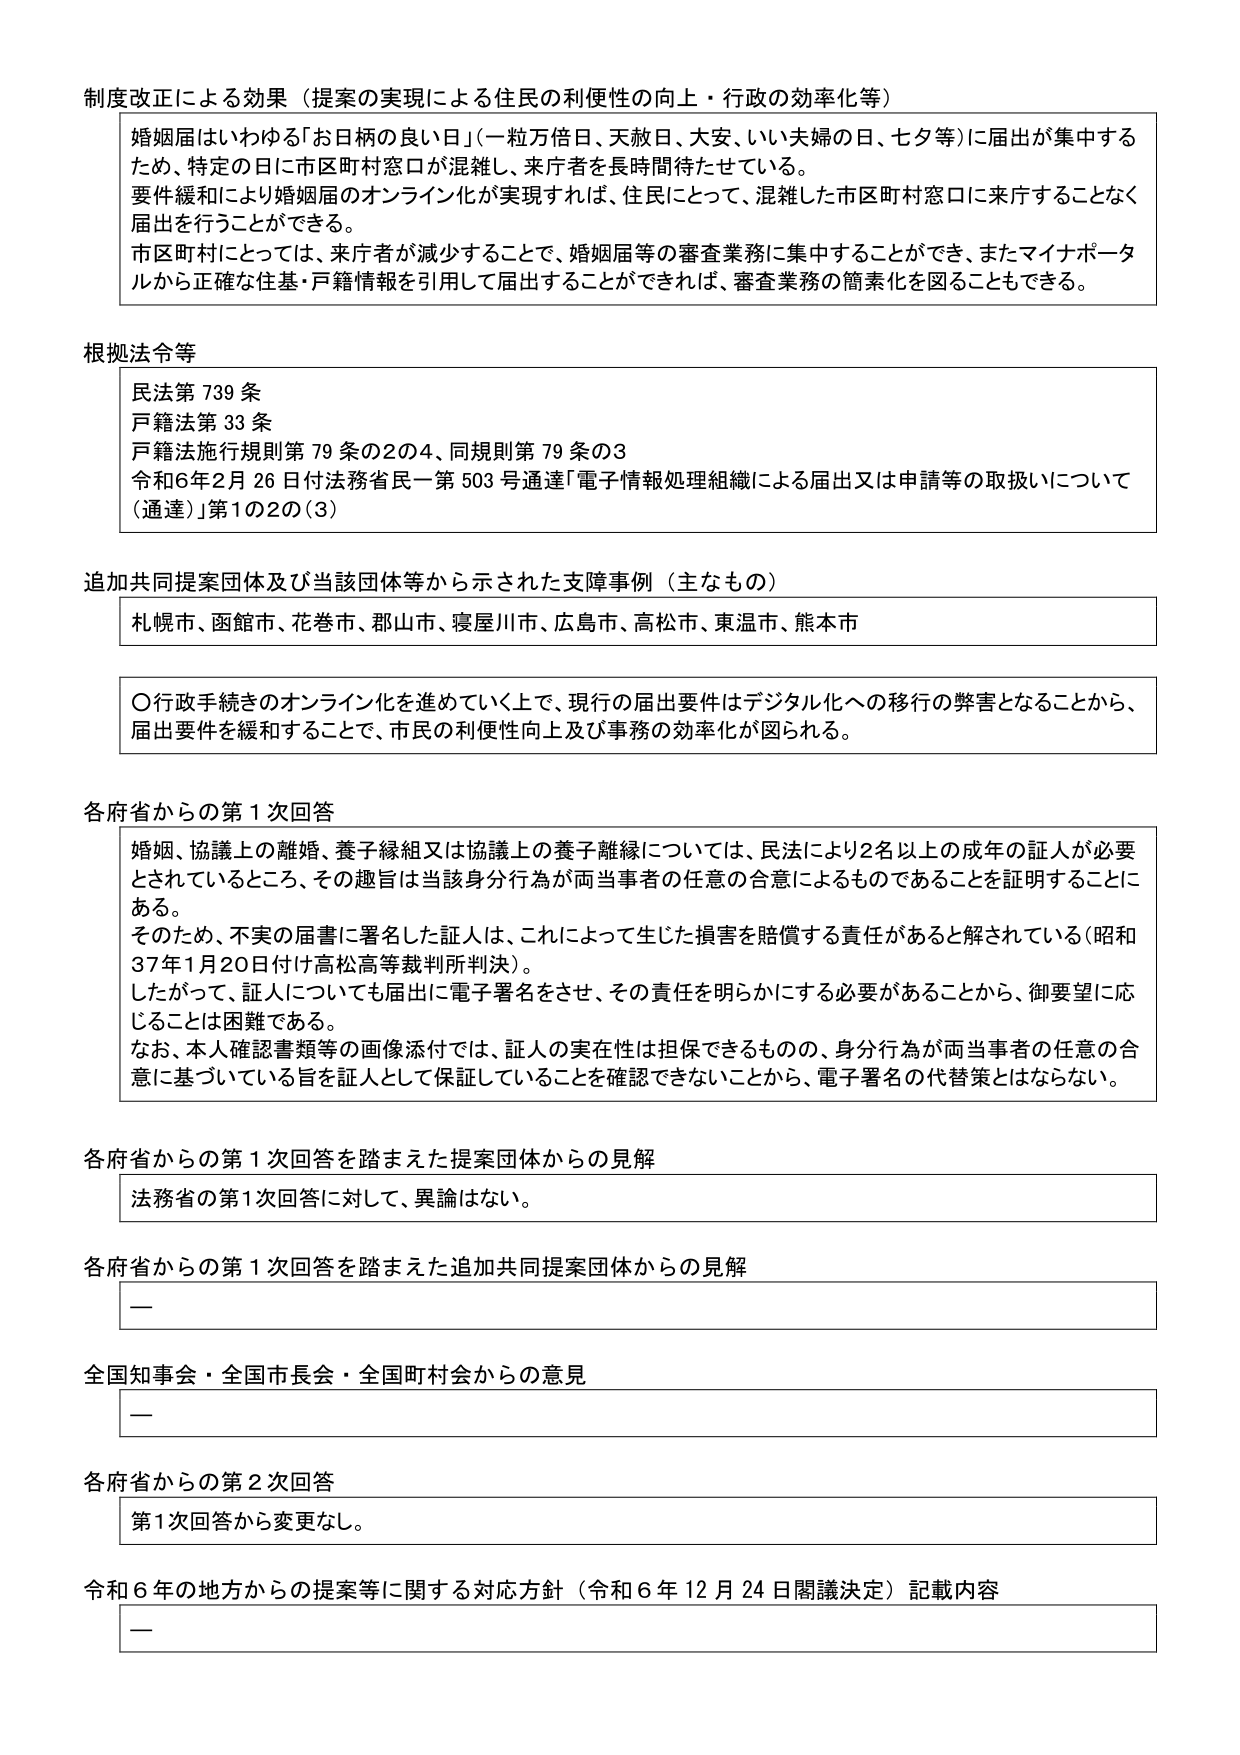
制度改正による効果（提案の実現による住民の利便性の向上・行政の効率化等）

婚姻届はいわゆる「お日柄の良い日」（一粒万倍日、天赦日、大安、いい夫婦の日、七夕等）に届出が集中するため、特定の日に市区町村窓口が混雑し、来庁者を長時間待たせている。
要件緩和により婚姻届のオンライン化が実現すれば、住民にとって、混雑した市区町村窓口に来庁することなく届出を行うことができる。
市区町村にとっては、来庁者が減少することで、婚姻届等の審査業務に集中することができ、またマイナポータルから正確な住基・戸籍情報を引用して届出することができれば、審査業務の簡素化を図ることもできる。

根拠法令等

民法第739条
戸籍法第33条
戸籍法施行規則第79条の2の4、同規則第79条の3
令和6年2月26日付法務省民一第503号通達「電子情報処理組織による届出又は申請等の取扱いについて（通達）」第1の2の（3）

追加共同提案団体及び当該団体等から示された支障事例（主なもの）

札幌市、函館市、花巻市、郡山市、寝屋川市、広島市、高松市、東温市、熊本市

〇行政手続きのオンライン化を進めていく上で、現行の届出要件はデジタル化への移行の弊害となることから、届出要件を緩和することで、市民の利便性向上及び事務の効率化が図られる。

各府省からの第1次回答

婚姻、協議上の離婚、養子縁組又は協議上の養子離縁については、民法により2名以上の成年の証人が必要とされているところ、その趣旨は当該身分行為が両当事者の任意の合意によるものであることを証明することにある。
そのため、不実の届書に署名した証人は、これによって生じた損害を賠償する責任があると解されている（昭和37年1月20日付け高松高等裁判所判決）。
したがって、証人についても届出に電子署名をさせ、その責任を明らかにする必要があることから、御要望に応じることは困難である。
なお、本人確認書類等の画像添付では、証人の実在性は担保できるものの、身分行為が両当事者の任意の合意に基づいている旨を証人として保証していることを確認できないことから、電子署名の代替策とはならない。

各府省からの第1次回答を踏まえた提案団体からの見解

法務省の第1次回答に対して、異論はない。

各府省からの第1次回答を踏まえた追加共同提案団体からの見解

—

全国知事会・全国市長会・全国町村会からの意見

—

各府省からの第2次回答

第1次回答から変更なし。

令和6年の地方からの提案等に関する対応方針（令和6年12月24日閣議決定）記載内容

—